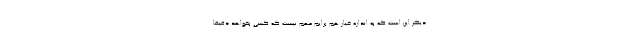
دیگر این است که به اندازهٔ خیار هم برایم مهم نیست که کسی بخواهد دقیقاً